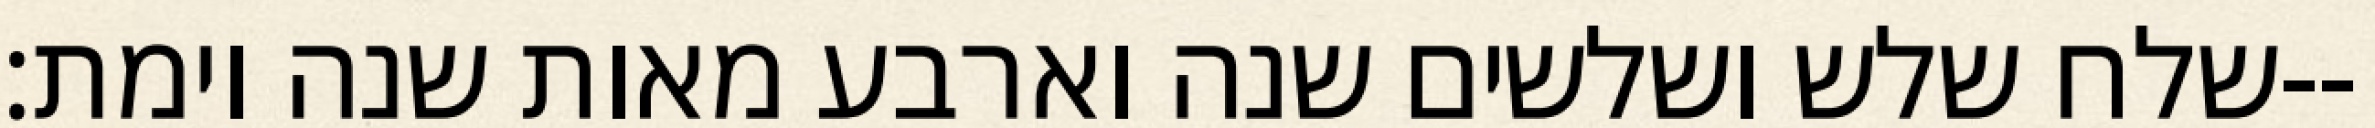
שלח שלש ושלשים שנה וארבע מאות שנה וימת׃--